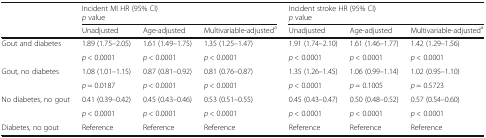
<table><thead><tr><td rowspan="2"></td><td colspan="3"><b>Incident MI HR (95% CI)<i>p</i> value</b></td><td colspan="3"><b>Incident stroke HR (95% CI)<i>p</i> value</b></td></tr><tr><td><b>Unadjusted</b></td><td><b>Age-adjusted</b></td><td><b>Multivariable-adjusted<sup>a</sup></b></td><td><b>Unadjusted</b></td><td><b>Age-adjusted</b></td><td><b>Multivariable-adjusted<sup>a</sup></b></td></tr></thead><tbody><tr><td>Gout and diabetes</td><td>1.89 (1.75–2.05)</td><td>1.61 (1.49–1.75)</td><td>1.35 (1.25–1.47)</td><td>1.91 (1.74–2.10)</td><td>1.61 (1.46–1.77)</td><td>1.42 (1.29–1.56)</td></tr><tr><td></td><td><i>p</i> &lt; 0.0001</td><td><i>p</i> &lt; 0.0001</td><td><i>p</i> &lt; 0.0001</td><td><i>p</i> &lt; 0.0001</td><td><i>p</i> &lt; 0.0001</td><td><i>p</i> &lt; 0.0001</td></tr><tr><td>Gout, no diabetes</td><td>1.08 (1.01–1.15)</td><td>0.87 (0.81–0.92)</td><td>0.81 (0.76–0.87)</td><td>1.35 (1.26–1.45)</td><td>1.06 (0.99–1.14)</td><td>1.02 (0.95–1.10)</td></tr><tr><td></td><td><i>p</i> = 0.0187</td><td><i>p</i> &lt; 0.0001</td><td><i>p</i> &lt; 0.0001</td><td><i>p</i> &lt; 0.0001</td><td><i>p</i> = 0.1005</td><td><i>p</i> = 0.5723</td></tr><tr><td>No diabetes, no gout</td><td>0.41 (0.39–0.42)</td><td>0.45 (0.43–0.46)</td><td>0.53 (0.51–0.55)</td><td>0.45 (0.43–0.47)</td><td>0.50 (0.48–0.52)</td><td>0.57 (0.54–0.60)</td></tr><tr><td></td><td><i>p</i> &lt; 0.0001</td><td><i>p</i> &lt; 0.0001</td><td><i>p</i> &lt; 0.0001</td><td><i>p</i> &lt; 0.0001</td><td><i>p</i> &lt; 0.0001</td><td><i>p</i> &lt; 0.0001</td></tr><tr><td>Diabetes, no gout</td><td>Reference</td><td>Reference</td><td>Reference</td><td>Reference</td><td>Reference</td><td>Reference</td></tr></tbody></table>